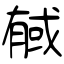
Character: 戫